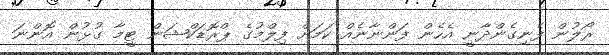
ރޯލުން ފެނިގެންދާނީ އެހެން ފަންނާނެއް ކަމަށް ފިލްމުގެ ޕްރޮޑަކްޝަން ޓީމާ ގުޅުން އޮންނަ